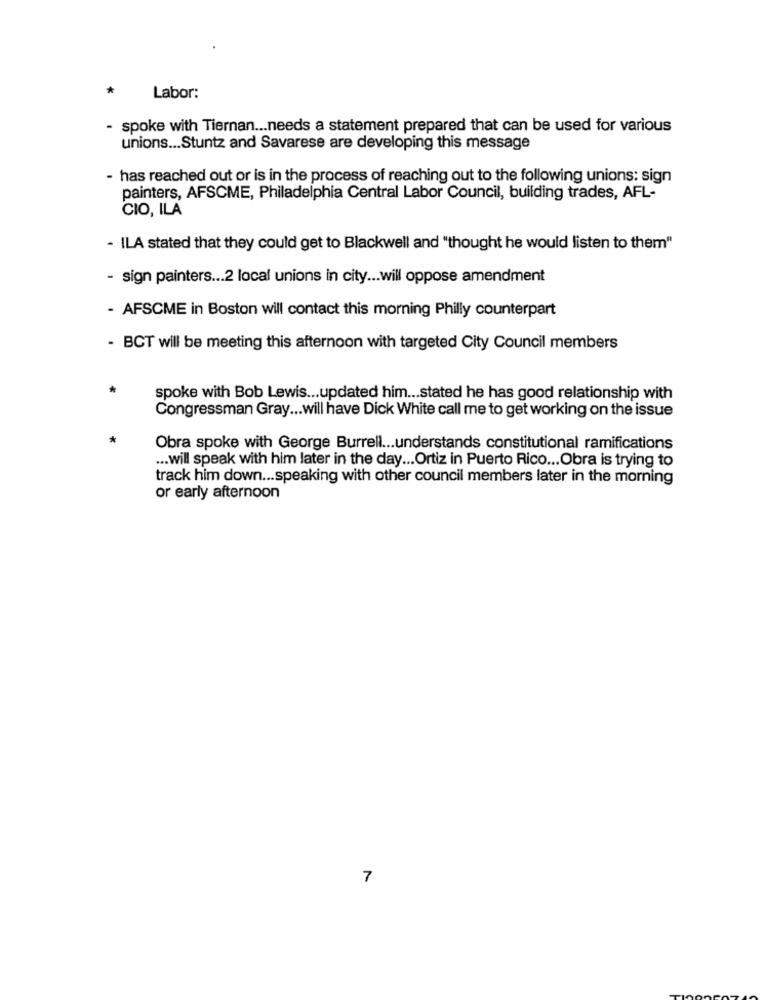
*
Labor:
- spoke with Tiernan ... needs a statement prepared that can be used for various
unions ... Stuntz and Savarese are developing this message
- has reached out or is in the process of reaching out to the following unions: sign
painters, AFSCME, Philadelphia Central Labor Council, building trades, AFL-
CIO, ILA
- ILA stated that they could get to Blackwell and "thought he would listen to them"
- sign painters ... 2 local unions in city ... will oppose amendment
- AFSCME in Boston will contact this morning Philly counterpart
- BCT will be meeting this afternoon with targeted City Council members
spoke with Bob Lewis ... updated him ... stated he has good relationship with
Congressman Gray ... will have Dick White call me to get working on the issue
Obra spoke with George Burrell ... understands constitutional ramifications
... will speak with him later in the day ... Ortiz in Puerto Rico ... Obra is trying to
track him down ... speaking with other council members later in the morning
or early afternoon
7